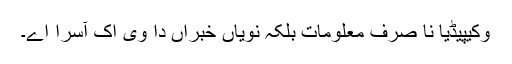
وکیپیڈیا نا صرف معلومات بلکہ نویاں خبراں دا وی اک آسرا اے۔